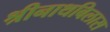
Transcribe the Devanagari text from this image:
श्रीनाथबिलास